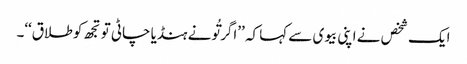
ایک شخص نے اپنی بیوی سے کہا کہ ’’اگر تُونے ہنڈیا چاٹی تو تجھ کو طلاق‘‘۔